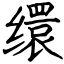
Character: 缳